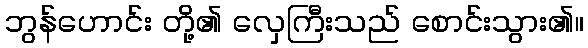
ဘွန်ဟောင်း တို့၏ လှေကြီးသည် စောင်းသွား၏။